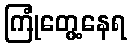
ကြုံတွေ့နေရ